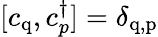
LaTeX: [c_{\mathrm{q}},c_{p}^{\dagger}]=\delta_{\mathrm{q,p}}